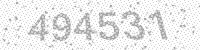
Solution: 494531